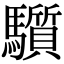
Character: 𩧄